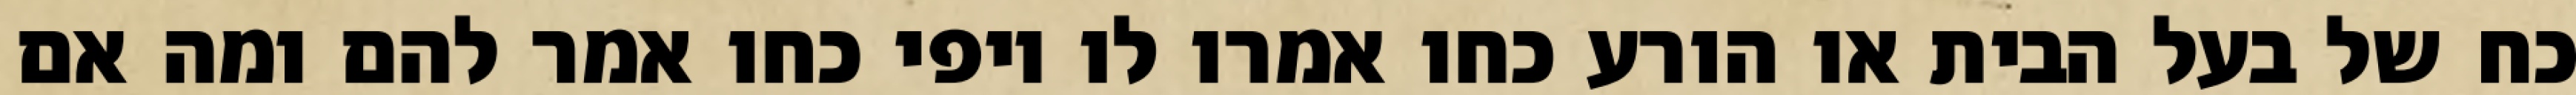
כח של בעל הבית או הורע כחו אמרו לו יופי כחו אמר להם ומה אם